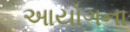
આયોગના